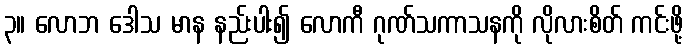
၃။ လောဘ ဒေါသ မာန နည်းပါး၍ လောကီ ဂုဏ်သကာသနကို လိုလားစိတ် ကင်းဖို့